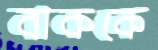
বাককে